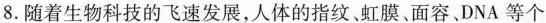
8. 随着生物科技的飞速发展，人体的指纹虹膜、面容DNA等个